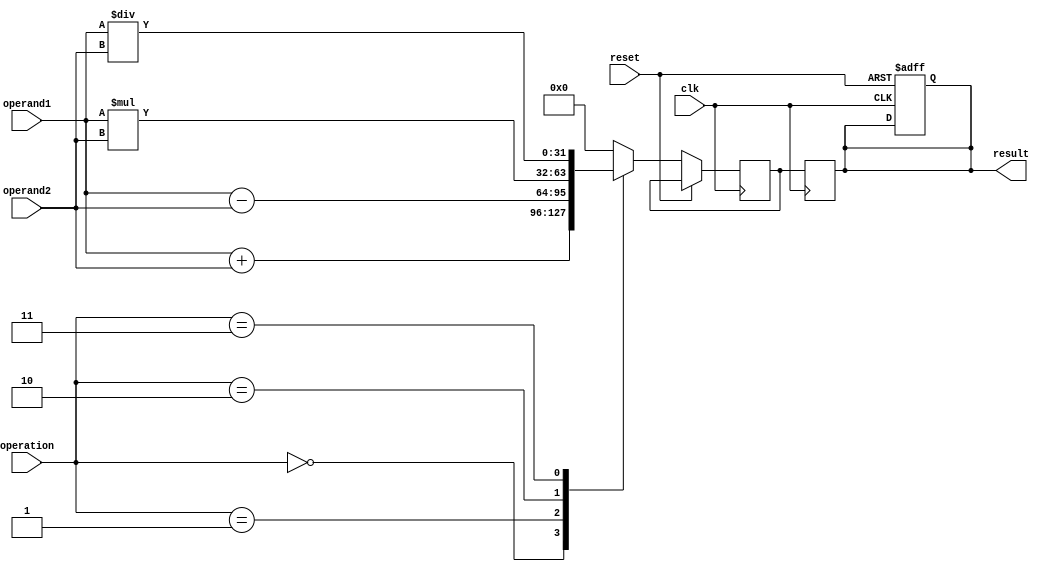
module floating_point_alu (
  input wire clk,
  input wire reset,
  input wire [31:0] operand1,
  input wire [31:0] operand2,
  input wire [2:0] operation,
  output reg [31:0] result
);

reg [31:0] temp_result;

always @(posedge clk or posedge reset) begin
  if (reset) begin
    result <= 32'h0; 
  end else begin
    case(operation)
      3'b000: temp_result <= operand1 + operand2; // addition
      3'b001: temp_result <= operand1 - operand2; // subtraction
      3'b010: temp_result <= operand1 * operand2; // multiplication
      3'b011: temp_result <= operand1 / operand2; // division
      default: temp_result <= 32'h0;
    endcase
  end
end

always @(posedge clk) begin
  result <= temp_result;
end

endmodule